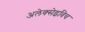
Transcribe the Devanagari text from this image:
अलेक्सेइविच